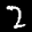
Label: 2